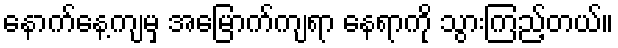
နောက်နေ့ကျမှ အမြောက်ကျရာ နေရာကို သွားကြည့်တယ်။